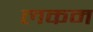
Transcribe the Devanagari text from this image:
लकम